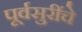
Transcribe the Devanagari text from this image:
पूर्वसुरींचे